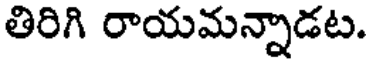
తిరిగి రాయమన్నాడట.